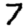
Digit: 7